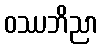
ဝဿဘိညာ